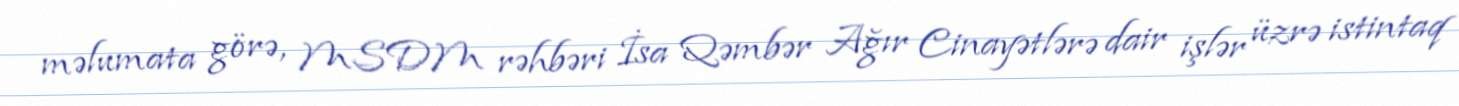
məlumata görə, MSDM rəhbəri İsa Qəmbər Ağır Cinayətlərə dair işlər üzrə istintaq